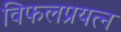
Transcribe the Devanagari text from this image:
विफलप्रयत्न